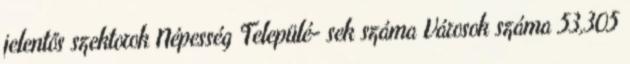
jelentős szektorok Népesség Települé- sek száma Városok száma 53,305